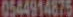
0544914875